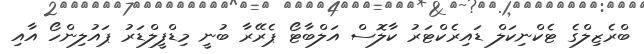
ބްރެޒިލްގެ ޓެކްނިކަލް ޑައިރެކްޓަރު ކާލޮސް އަލްބާޓޯ ޕެރޭރާ ބުނީ މިޑްފީލްޑަރު ޕައުލިންހޯ އާއި